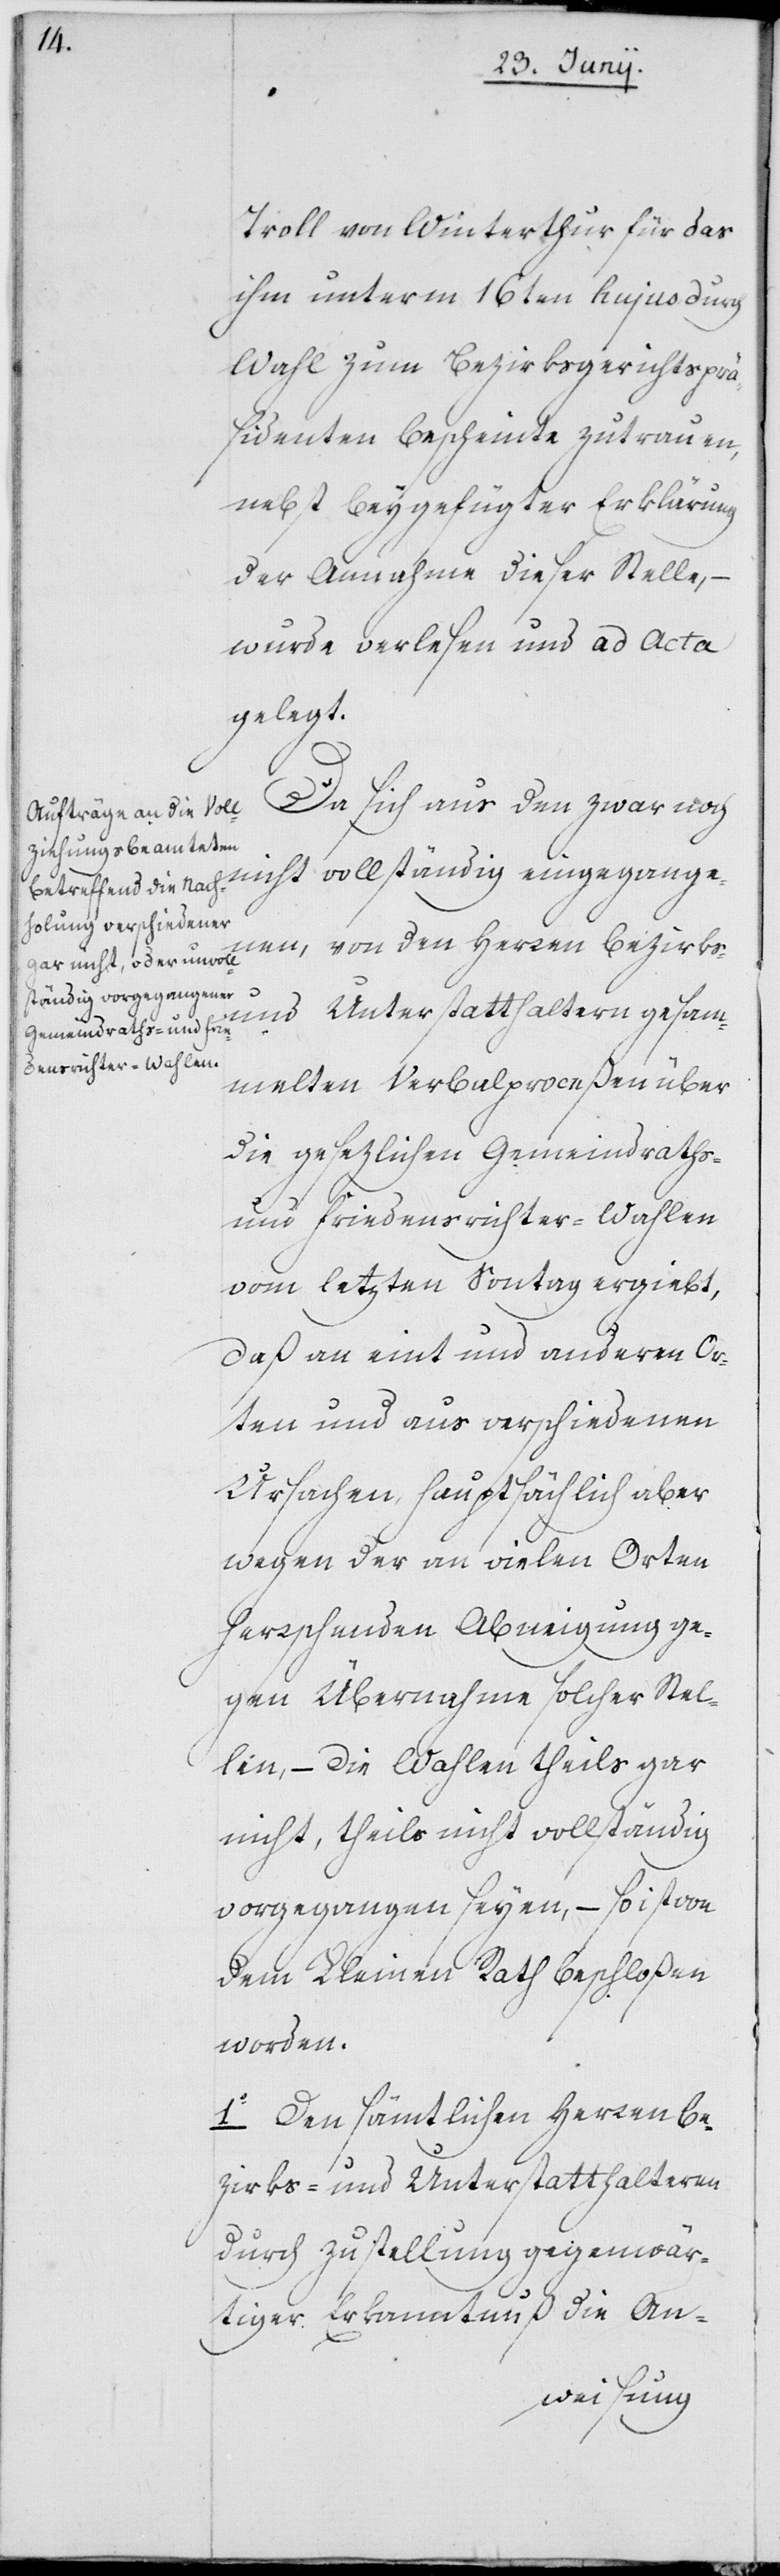
Troll von Winterthur für das
ihm unterm 16ten hujus durch
Wahl zum Bezirksgerichtsprä¬
sidenten bescheinte Zutrauen,
nebst beygefügter Erklärung
der Annahme dieser Stelle, –
wurde verlesen und ad Acta
gelegt.
Da sich aus den zwar noch
nicht vollständig eingegange¬
nen, von den Herren Bezirks-
rag-
und Unterstatthaltern gesam¬
melten Verbalproceßen über
die gesezlichen Gemeindraths-
und Friedensrichter-Wahlen
vom letzten Sontag ergiebt,
daß an eint und anderen Or¬
ten und aus verschiedenen
Ursachen, hauptsächlich aber
wegen der an vielen Orten
herrschenden Abneigung ge¬
gen Übernahme solcher Stel¬
len, – die Wahlen theils gar
nicht, theils nicht vollständig
vorgegangen seyen, – so ist von
dem Kleinen Rath beschloßen
worden:
1o Den sämtlichen Herren Be¬
zirks- und Unterstatthaltern
durch Zustellung gegenwär¬
tiger Erkanntnuß die Ant¬